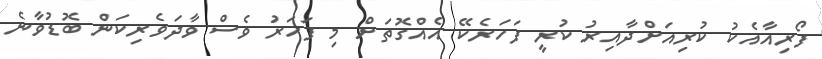
ފޯރިއާއެކު ކުރިއަށްދާއިރު ކުރީ ފަހަރެކޭ އެއްގޮތަށް މި ފަހަރު ވެސް ވާދަވެރިކަން ބޮޑުވާނެ